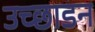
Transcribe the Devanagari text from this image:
उच्छाडन